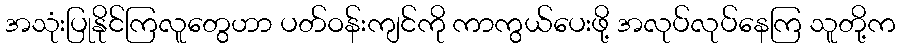
အသုံးပြုနိုင်ကြလူတွေဟာ ပတ်ဝန်းကျင်ကို ကာကွယ်ပေးဖို့ အလုပ်လုပ်နေကြ သူတို့က